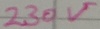
Text: 230V